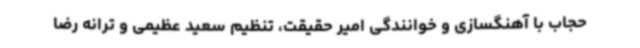
حجاب با آهنگسازی و خوانندگی امیر حقیقت، تنظیم سعید عظیمی و ترانه رضا